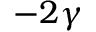
- 2 \gamma